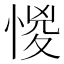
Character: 惾